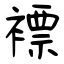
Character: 褾